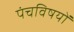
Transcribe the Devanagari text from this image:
पंचविषयों